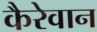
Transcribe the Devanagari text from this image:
कैरेवान